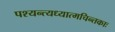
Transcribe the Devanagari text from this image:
पश्यन्त्यध्यात्मचिन्तकाः